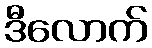
ဒီလောက်